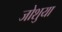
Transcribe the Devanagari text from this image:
जोशुया